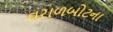
વરાળબોટના